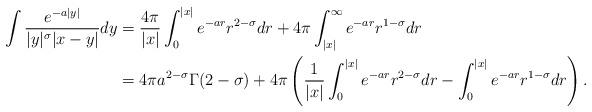
LaTeX: \begin{align*}\int \frac{e^{-a|y|}}{|y|^\sigma |x-y|} dy &= \frac{4\pi}{|x|} \int_0^{|x|} e^{-ar} r^{2-\sigma} dr + 4\pi \int_{|x|}^\infty e^{-ar} r^{1-\sigma} dr \\&= 4\pi a^{2-\sigma} \Gamma(2-\sigma) + 4\pi \left( \frac{1}{|x|}\int_0^{|x|} e^{-ar} r^{2-\sigma} dr - \int_0^{|x|} e^{-ar} r^{1-\sigma} dr\right).\end{align*}